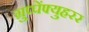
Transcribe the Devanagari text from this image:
ग्रुप्पेंफ्युहरर